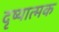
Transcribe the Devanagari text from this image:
दृष्यात्मक